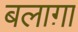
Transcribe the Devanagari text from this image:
बलाग़ा